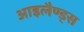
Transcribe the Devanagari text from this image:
आइलैण्ड्स